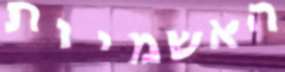
האשמיות